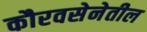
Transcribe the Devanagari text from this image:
कौरवसेनेतील